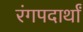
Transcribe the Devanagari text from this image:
रंगपदार्थां